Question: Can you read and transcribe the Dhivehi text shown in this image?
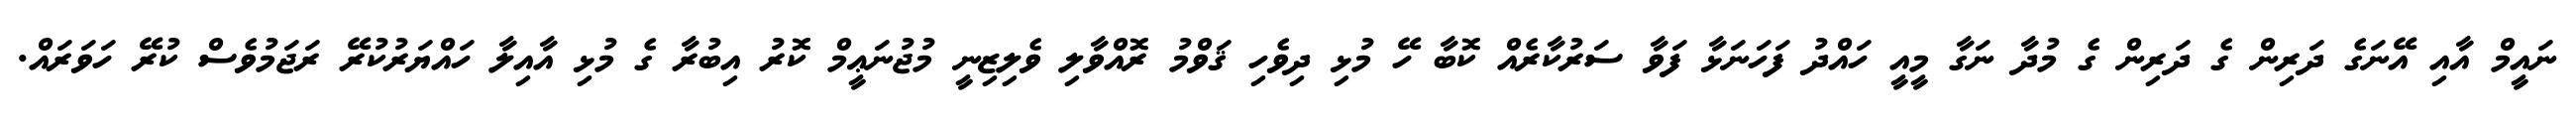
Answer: ނައީމް އާއި އޭނަގެ ދަރިން ގެ ދަރިން ގެ މުދާ ނަގާ މީއީ ހައްދު ފަހަނަޅާ ފަވާ ސަރުކާރެއް ކޮބާ ހޭ މުޅި ދިވެހި ޤަވްމު ރޮއްވާލި ވެލިޒިނީ މުޖުނަޢީމް ކޮރު އިބުރާ ގެ މުޅި އާއިލާ ހައްޔަރުކުރޭ ރަޖަމުވެސް ކުރޭ ހަވަރައް.